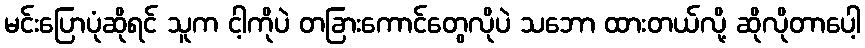
မင်းပြောပုံဆိုရင် သူက ငါ့ကိုပဲ တခြားကောင်တွေလိုပဲ သဘော ထားတယ်လို့ ဆိုလိုတာပေါ့